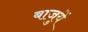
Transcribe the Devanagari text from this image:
बाजुयें